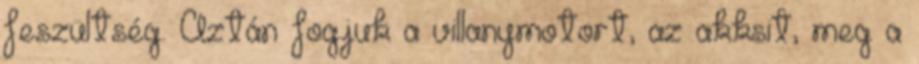
feszültség. Aztán fogjuk a villanymotort, az akksit, meg a